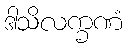
ဒါသိလက္ခဏံ